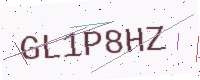
Text: GL1P8HZ